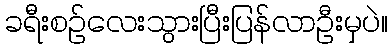
ခရီးစဉ်လေးသွားပြီးပြန်လာဦးမှပဲ။